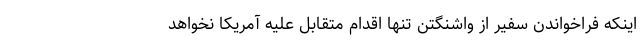
اینکه فراخواندن سفیر از واشنگتن تنها اقدام متقابل علیه آمریکا نخواهد